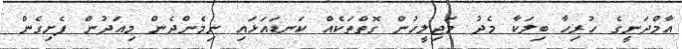
އާމްދަނީގެ ހުރިހާ ބިލަކާ މެދު މަޖިލީހުން ގޮތްތަކެއް ކަނޑައަޅައި ނިމެންދެން މިއަދުން ފެށިގެން